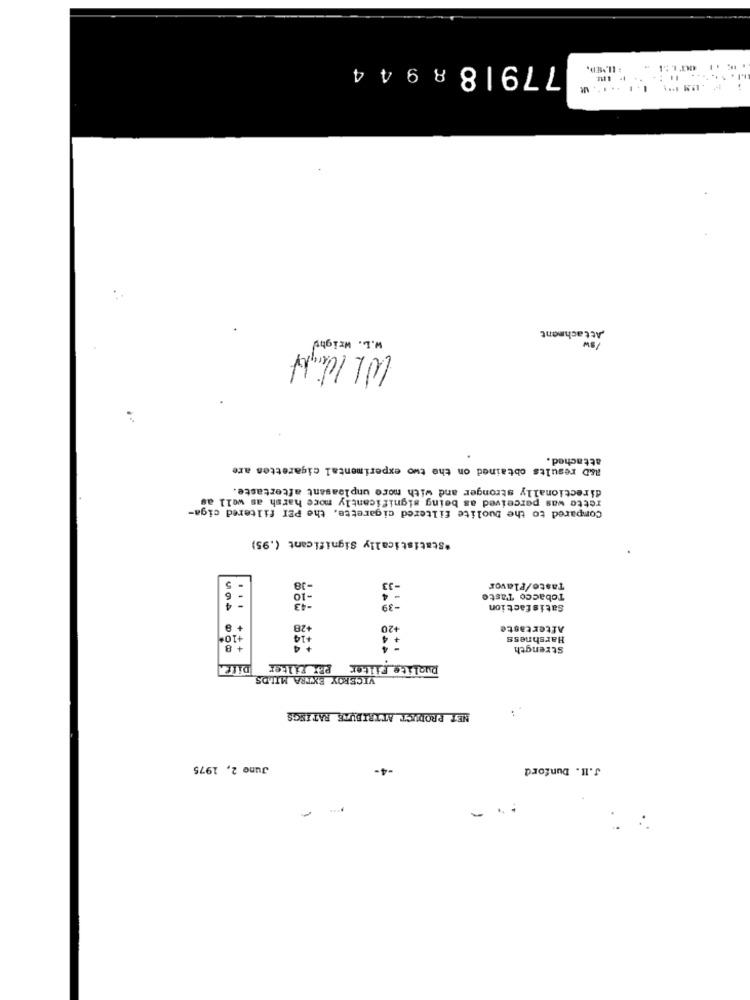
77918 8944
Attachment
W.L. Wright
WL Wight
attached.
A&D results obtained on the two experimental cigarettes are
directionally stronger and with more unpleasant aftertaste.
retto was perceived as being significantly more harsh as well as
Compared to the Duolite filtered cigarette, the PEI filtered ciga-
*Statistically Significant (.95)
5
6
Taste/Flavor
-43
-39
Tobacco Taste
- 4
Satisfaction
+ 8
+28
20
Aftertaste
+10º
+14
Harshness
+ 8
Strength
DILLA
PBX Filter
proLite Filter
VICEROY EXTRA MILDS
NET PRODUCT ATTRIBUTE RATINGS
June 2, 1975
-4-
J.II. Dunford
..